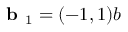
\textbf { b } _ { 1 } = ( - 1 , 1 ) b